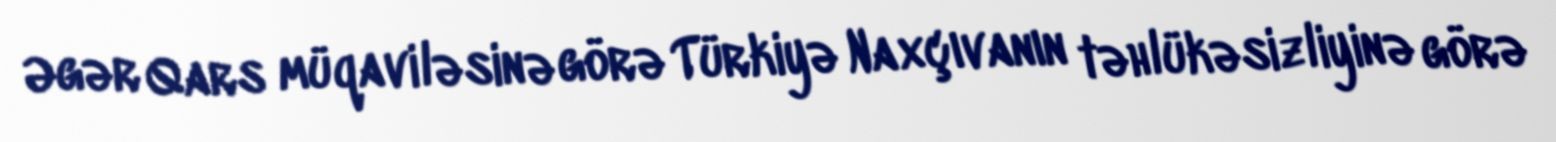
Əgər Qars müqaviləsinə görə Türkiyə Naxçıvanın təhlükəsizliyinə görə